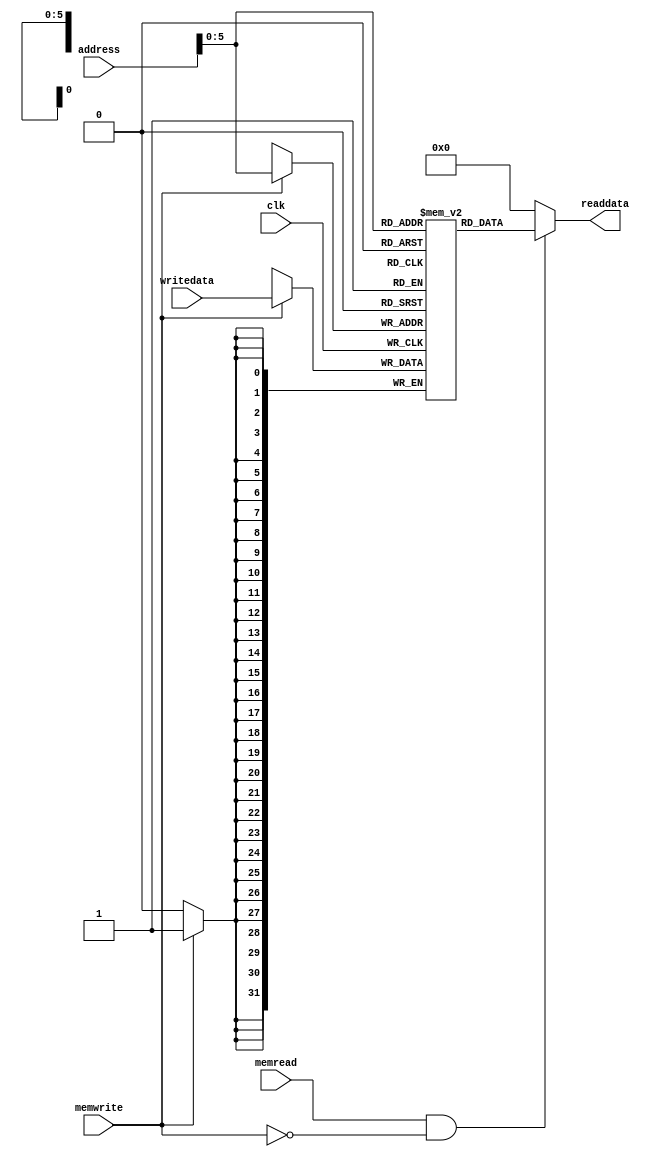
`timescale 1ns / 1ps
//////////////////////////////////////////////////////////////////////////////////
// Company: 
// Engineer: 
// 
// Design Name: 
// Module Name: dataMemory
// Project Name: 
// Target Devices: 
// Tool Versions: 
// Description: 
// 
// Dependencies: 
// 
// Revision:
// Revision 0.01 - File Created
// Additional Comments:
// 
//////////////////////////////////////////////////////////////////////////////////


module dataMemory(
    input clk,
    input [31:0] address,
    input [31:0] writedata,
    input memwrite,
    input memread,
    output reg [31:0] readdata
    );
    
    reg [31:0] memFile[0:63];
    
    always @ (address)
        begin
            if(memread&&!memwrite)
                readdata=memFile[address];
            else
               readdata=0;
            end
            
    always @ (negedge clk)
    begin
        if(memwrite)
            memFile[address]=writedata;
    end
    
endmodule